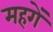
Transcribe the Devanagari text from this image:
महगें